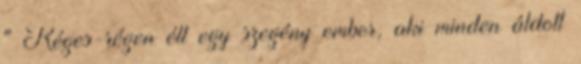
" Réges-régen élt egy szegény ember, aki minden áldott